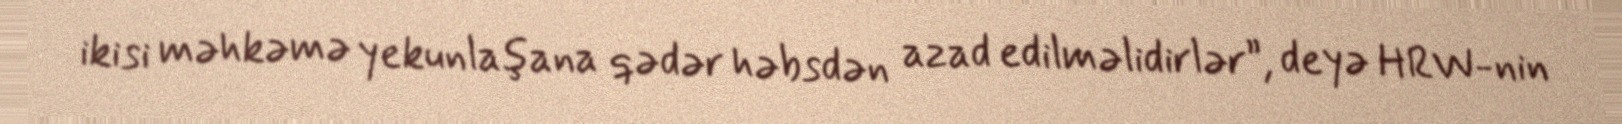
ikisi məhkəmə yekunlaşana qədər həbsdən azad edilməlidirlər”, deyə HRW-nin